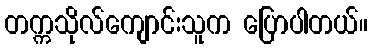
တက္ကသိုလ်ကျောင်းသူက ပြောပါတယ်။